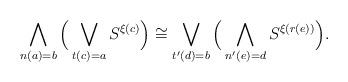
LaTeX: \begin{align*} \bigwedge_{n(a)=b} \Big( \bigvee_{t(c)=a} S^{\xi(c)} \Big) \cong \bigvee_{t'(d)=b} \Big( \bigwedge_{n'(e)=d} S^{\xi(r(e))} \Big).\end{align*}